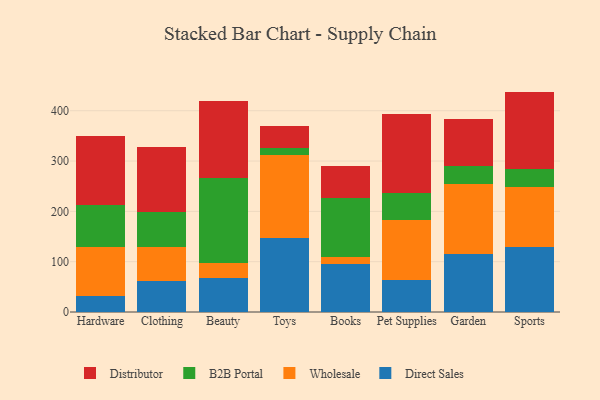
{"axis": {"x": "Category", "y": "Active Users"}, "legend": ["B2B Portal", "Direct Sales", "Distributor", "Wholesale"], "data": [{"x": "Hardware", "y": 31.2, "type": "Direct Sales"}, {"x": "Hardware", "y": 97.2, "type": "Wholesale"}, {"x": "Hardware", "y": 84.5, "type": "B2B Portal"}, {"x": "Hardware", "y": 136.8, "type": "Distributor"}, {"x": "Clothing", "y": 61.4, "type": "Direct Sales"}, {"x": "Clothing", "y": 67.4, "type": "Wholesale"}, {"x": "Clothing", "y": 69.2, "type": "B2B Portal"}, {"x": "Clothing", "y": 129.2, "type": "Distributor"}, {"x": "Beauty", "y": 68.5, "type": "Direct Sales"}, {"x": "Beauty", "y": 28.4, "type": "Wholesale"}, {"x": "Beauty", "y": 169.5, "type": "B2B Portal"}, {"x": "Beauty", "y": 152.4, "type": "Distributor"}, {"x": "Toys", "y": 147.4, "type": "Direct Sales"}, {"x": "Toys", "y": 165.6, "type": "Wholesale"}, {"x": "Toys", "y": 12.7, "type": "B2B Portal"}, {"x": "Toys", "y": 43.2, "type": "Distributor"}, {"x": "Books", "y": 95.1, "type": "Direct Sales"}, {"x": "Books", "y": 14.5, "type": "Wholesale"}, {"x": "Books", "y": 117.4, "type": "B2B Portal"}, {"x": "Books", "y": 62.9, "type": "Distributor"}, {"x": "Pet Supplies", "y": 63.3, "type": "Direct Sales"}, {"x": "Pet Supplies", "y": 119.9, "type": "Wholesale"}, {"x": "Pet Supplies", "y": 52.7, "type": "B2B Portal"}, {"x": "Pet Supplies", "y": 157.5, "type": "Distributor"}, {"x": "Garden", "y": 115.3, "type": "Direct Sales"}, {"x": "Garden", "y": 138.8, "type": "Wholesale"}, {"x": "Garden", "y": 36.9, "type": "B2B Portal"}, {"x": "Garden", "y": 92.9, "type": "Distributor"}, {"x": "Sports", "y": 129.2, "type": "Direct Sales"}, {"x": "Sports", "y": 119.6, "type": "Wholesale"}, {"x": "Sports", "y": 35.3, "type": "B2B Portal"}, {"x": "Sports", "y": 153.9, "type": "Distributor"}]}